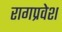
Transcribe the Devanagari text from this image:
रागप्रवेश